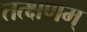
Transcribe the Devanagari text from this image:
तत्क्षणम्